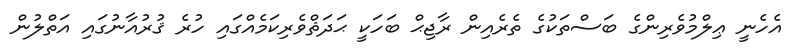
އެހެނީ ޢިލްމުވެރިންގެ ބަސްތަކުގެ ތެރެއިން ރާޖިޙް ބަހަކީ ޙަދަޘްވެރިކަމެއްގައި ހުރެ ޤުރުއާނުގައި އަތްލުން